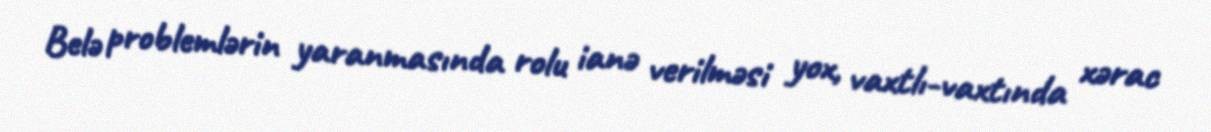
Belə problemlərin yaranmasında rolu ianə verilməsi yox, vaxtlı-vaxtında xərac